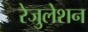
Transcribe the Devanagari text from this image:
रेजुलेशन